Annual administration report of the Civil Veterinary Department of India - 1895-1896
Year: 1895
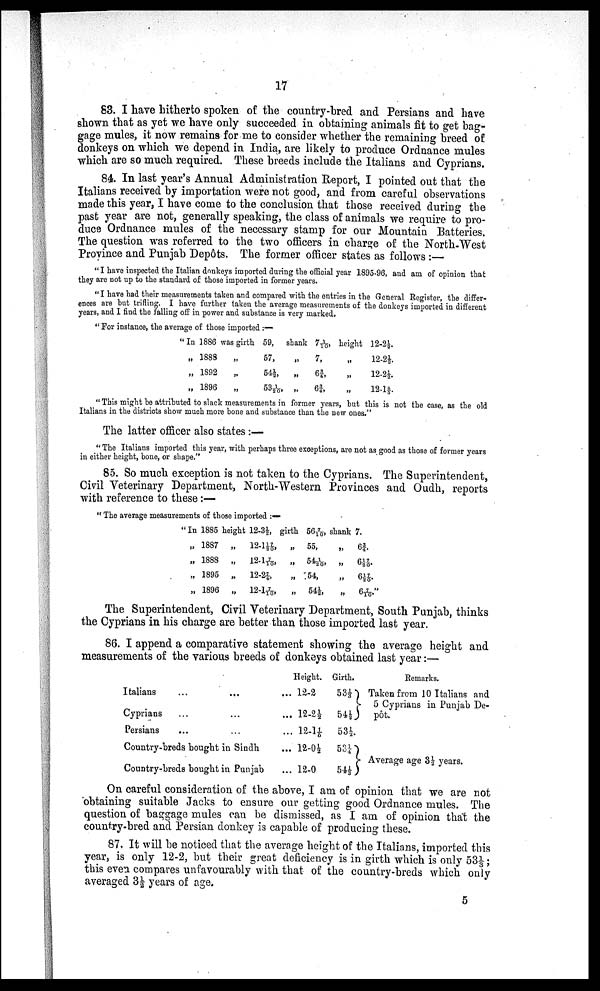
17
83. I have hitherto spoken of the country-bred and Persians and have
shown that as yet we have only succeeded in obtaining animals fit to get bag
gage mules, it now remains for me to consider whether the remaining breed of
donkeys on which we depend in India, are likely to produce Ordnance mules
which are so much required. These breeds include the Italians and Cyprians.
84. In last year's Annual Administration Report, I pointed out that the
Italians received by importation were not good, and from careful observations
made this year, I have come to the conclusion that those received during the
past year are not, generally speaking, the class of animals we require to pro
duce Ordnance mules of the necessary stamp for our Mountain Batteries.
The question was referred to the two officers in charge of the North-West
Province and Punjab Depôts. The former officer states as follows:—
"I have inspected the Italian donkeys imported during the official year 1895-96, and am of opinion that
they are not up to the standard of those imported in former years.
"I have had their measurements taken and compared with the entries in the General Register, the differ
ences are but trifling. I have further taken the average measurements of the donkeys imported in different
years, and I find the falling off in power and substance is very marked.
"For instance, the average of those imported:—
"In 1886
„ 1888
„ 1892
„ 1896
was girth
„
„
„
59,
57,
54½,
53 1/20,
shank
„
„
„
71/10,
7,
6 3/4,
6 3/4,
height
„
„
„
12-2 ½.
12-2 ½.
12-2 ½.
12-1 4/5.
"This might be attributed to slack measurements in former years, but this is not the case, as the old
Italians in the districts show much more bone and substance than the new ones."
The latter officer also states:—
"The Italians imported this year, with perhaps three exceptions, are not as good as those of former years
in either height, bone, or shape."
85. So much exception is not taken to the Cyprians. The Superintendent,
Civil Veterinary Department, North-Western Provinces and Oudh, reports
with reference to these:—
"The average measurements of those imported:—
"In 1885
„ 1887
„ 1888
„ 1895
„ 1896
height
„
„
„
„
12-3 ½,
12-1 7/20,
12-1 7/10,
12-2 7/4,
12-1 7/10,
girth
„
„
„
„
56 7/10,
55,
54 1/20,
54,
54½,
shank
„
„
„
„
7.
6 3/4.
6 17/20.
6 17/20.
6 7/10."
The Superintendent, Civil Veterinary Department, South Punjab, thinks
the Cyprians in his charge are better than those imported last year.
86. I append a comparative statement showing the average height and
measurements of the various breeds of donkeys obtained last year:—
Italians ... ...
Cyprians ... ...
Persians ... ...
Country-breds bought in Sindh
Country-breds bought in Punjab
Height.
... 12-2
... 12-2 ½
... 12-1 1/5
... 12-0 ½
... 12-0
Girth.
53 ⅓
54 ½
53 ½.
53 ¼
54 ⅓
Remarks.
Taken from 10 Italians and
5 Cyprians in Punjab De
pôt.
Average age 3½ years.
On careful consideration of the above, I am of opinion that we are not
obtaining suitable Jacks to ensure our getting good Ordnance mules. The
question of baggage mules can be dismissed, as I am of opinion that the
country-bred and Persian donkey is capable of producing these.
87. It will be noticed that the average height of the Italians, imported this
year, is only 12-2, but their great deficiency is in girth which is only 531/3;
this even compares unfavourably with that of the country-breds which only
averaged 3½ years of age.
5